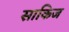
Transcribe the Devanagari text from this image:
साकिज